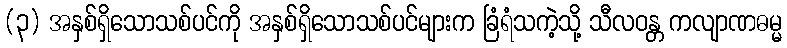
(၃) အနှစ်ရှိသောသစ်ပင်ကို အနှစ်ရှိသောသစ်ပင်များက ခြံရံသကဲ့သို့ သီလဝန္တ ကလျာဏဓမ္မ